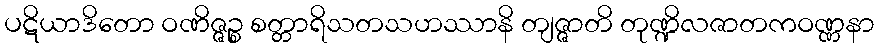
ပဋိယာဒိတော ဝဏိဇ္ဇဉ္စ စတ္တာရိသတသဟဿာနိ တျဇ္ဇာတိ တုဏ္ဍိလဇာတကဝဏ္ဏနာ